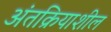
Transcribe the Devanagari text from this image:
अंतक्रियाशील